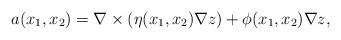
LaTeX: \begin{align*}a(x_1,x_2)=\nabla \times (\eta(x_1,x_2)\nabla z)+\phi(x_1,x_2)\nabla z,\end{align*}